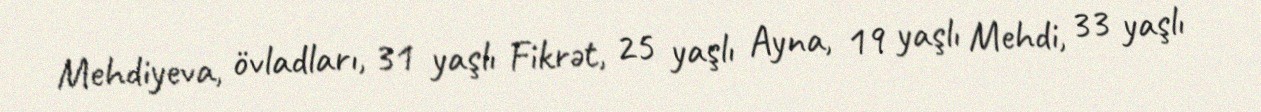
Mehdiyeva, övladları, 31 yaşlı Fikrət, 25 yaşlı Ayna, 19 yaşlı Mehdi, 33 yaşlı